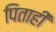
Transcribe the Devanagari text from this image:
पिताही